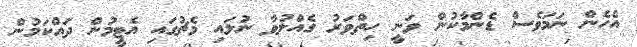
އެހެން ނަމަވެސް ޑެންމާކުން ވަނީ ހިތްވަރު ގެއްލުވާ ނުލައި މެޗުގައި އެޓީމުން ދައްކަމުން